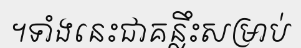
។ទាំងនេះជាគន្លឹះសម្រាប់